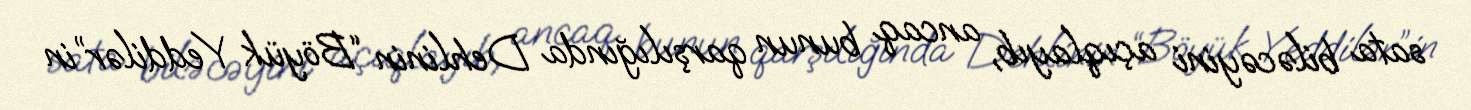
sata biləcəyini açıqlayıb, ancaq bunun qarşılığında Dehlinin “Böyük Yeddilər”in